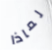
لماذا